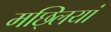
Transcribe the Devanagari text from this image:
मछ्लियां